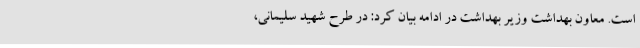
است. معاون بهداشت وزیر بهداشت در ادامه بیان کرد: در طرح شهید سلیمانی،